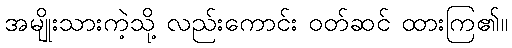
အမျိုးသားကဲ့သို့ လည်းကောင်း ဝတ်ဆင် ထားကြ၏။